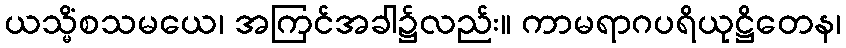
ယသ္မိံစသမယေ၊ အကြင်အခါ၌လည်း။ ကာမရာဂပရိယုဋ္ဌိတေန၊